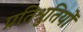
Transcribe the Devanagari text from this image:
प्रतिश्रुतियों